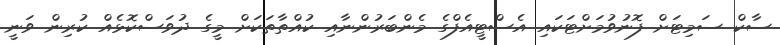
ސާކް ސަމިޓަށް ފޮނުވުމަށްޓަކައި އެސްޓީއެފްގެ މެންބަރުންނާއި ކުއްތާތަކަށް މީގެ ދުވަސްކޮޅެއް ކުރިން ވަނީ